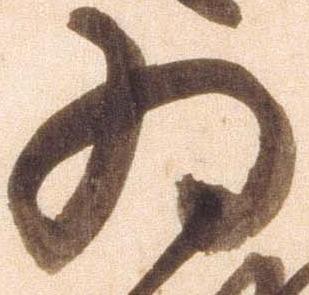
為